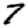
Digit: 7